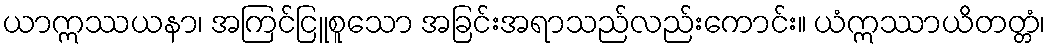
ယာဣဿယနာ၊ အကြင်ငြူစူသော အခြင်းအရာသည်လည်းကောင်း။ ယံဣဿာယိတတ္တံ၊